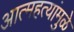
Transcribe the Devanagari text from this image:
आत्महत्यांमुळे